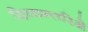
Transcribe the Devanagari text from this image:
दिव्यन्तरिक्षे